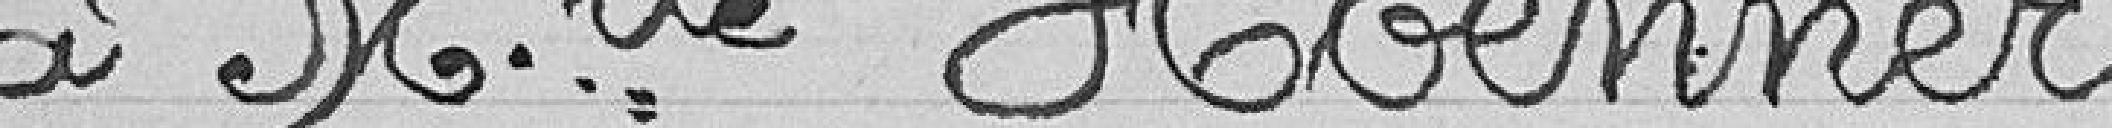
à Mlle Hoenner